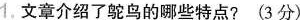
1.文章介绍了鸵鸟的哪些特点?(3分)